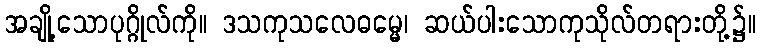
အချို့သောပုဂ္ဂိုလ်ကို။ ဒသကုသလေဓမ္မေ၊ ဆယ်ပါးသောကုသိုလ်တရားတို့၌။